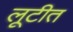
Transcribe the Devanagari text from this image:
लूटीत